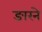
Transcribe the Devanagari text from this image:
ङारने